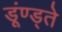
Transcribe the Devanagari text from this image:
डूंण्ड्ते